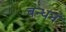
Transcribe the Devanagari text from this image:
बन्धनं